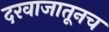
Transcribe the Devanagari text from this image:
दरवाजातूनच